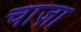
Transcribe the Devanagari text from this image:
चाज़ा